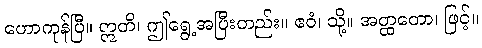
ဟောကုန်ပြီ။ ဣတိ၊ ဤရွေ့အပြီးတည်း။ ဧဝံ၊ သို့။ အတ္ထတော၊ ဖြင့်။